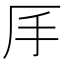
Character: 𠨾